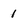
Character: 1